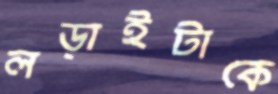
লড়াইটাকে